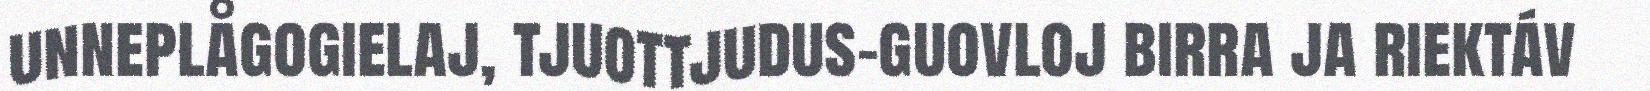
unneplågogielaj, tjuottjudus-guovloj birra ja riektáv